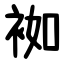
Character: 袽